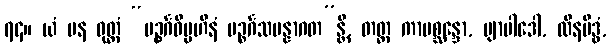
၇၄။ ယံ ပန ဝုတ္တံ “ပဉ္စင်္ဂဝိပ္ပဟီနံ ပဉ္စင်္ဂသမန္နာဂတ”န္တိ, တတ္ထ ကာမစ္ဆန္ဒော, ဗျာပါဒေါ, ထိနမိဒ္ဓံ,